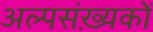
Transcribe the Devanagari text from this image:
अल्पसंख़्यकों